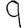
Digit: 9